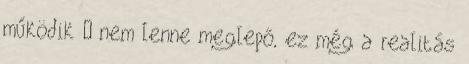
működik – nem lenne meglepő, ez még a realitás